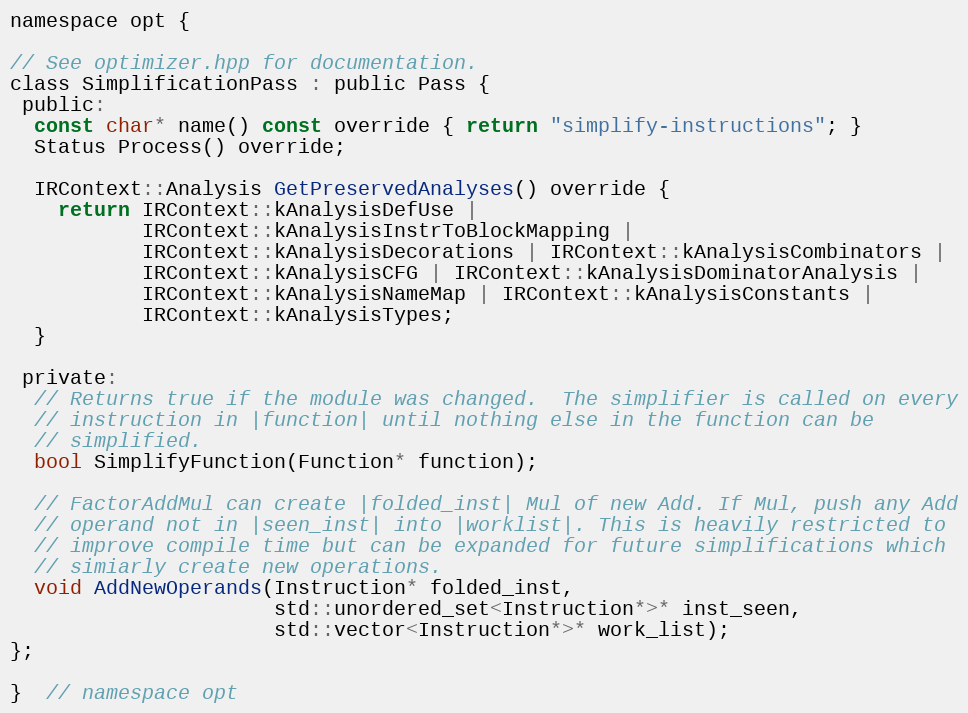
Language: C
namespace opt {

// See optimizer.hpp for documentation.
class SimplificationPass : public Pass {
 public:
  const char* name() const override { return "simplify-instructions"; }
  Status Process() override;

  IRContext::Analysis GetPreservedAnalyses() override {
    return IRContext::kAnalysisDefUse |
           IRContext::kAnalysisInstrToBlockMapping |
           IRContext::kAnalysisDecorations | IRContext::kAnalysisCombinators |
           IRContext::kAnalysisCFG | IRContext::kAnalysisDominatorAnalysis |
           IRContext::kAnalysisNameMap | IRContext::kAnalysisConstants |
           IRContext::kAnalysisTypes;
  }

 private:
  // Returns true if the module was changed.  The simplifier is called on every
  // instruction in |function| until nothing else in the function can be
  // simplified.
  bool SimplifyFunction(Function* function);

  // FactorAddMul can create |folded_inst| Mul of new Add. If Mul, push any Add
  // operand not in |seen_inst| into |worklist|. This is heavily restricted to
  // improve compile time but can be expanded for future simplifications which
  // simiarly create new operations.
  void AddNewOperands(Instruction* folded_inst,
                      std::unordered_set<Instruction*>* inst_seen,
                      std::vector<Instruction*>* work_list);
};

}  // namespace opt